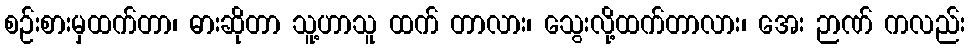
စဉ်းစားမှထက်တာ၊ ဓားဆိုတာ သူ့ဟာသူ ထက် တာလား၊ သွေးလို့ထက်တာလား၊ အေး ဉာဏ် ကလည်း